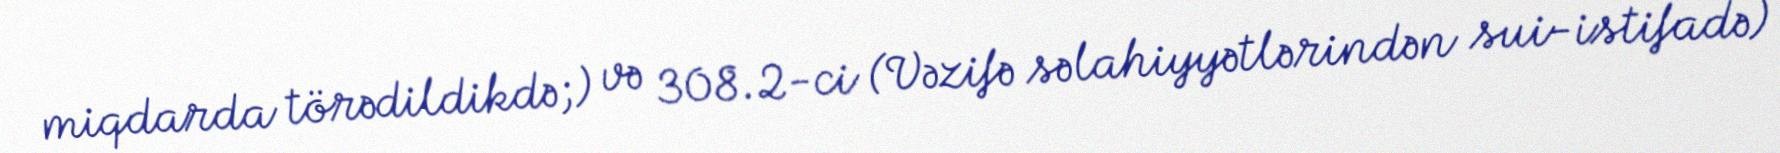
miqdarda törədildikdə;) və 308.2-ci (Vəzifə səlahiyyətlərindən sui-istifadə)